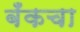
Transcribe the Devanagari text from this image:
बँकचा